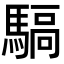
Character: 𩤬